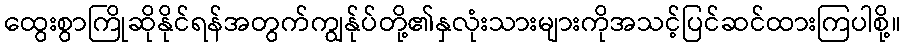
ထွေးစွာကြိုဆိုနိုင်ရန်အတွက်ကျွန်ုပ်တို့၏နှလုံးသားများကိုအသင့်ပြင်ဆင်ထားကြပါစို့။